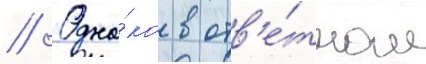
// Одна́ко в отв'е́тном